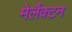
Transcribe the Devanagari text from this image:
मेलैंक्टन